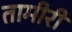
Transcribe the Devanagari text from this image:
तामीरी